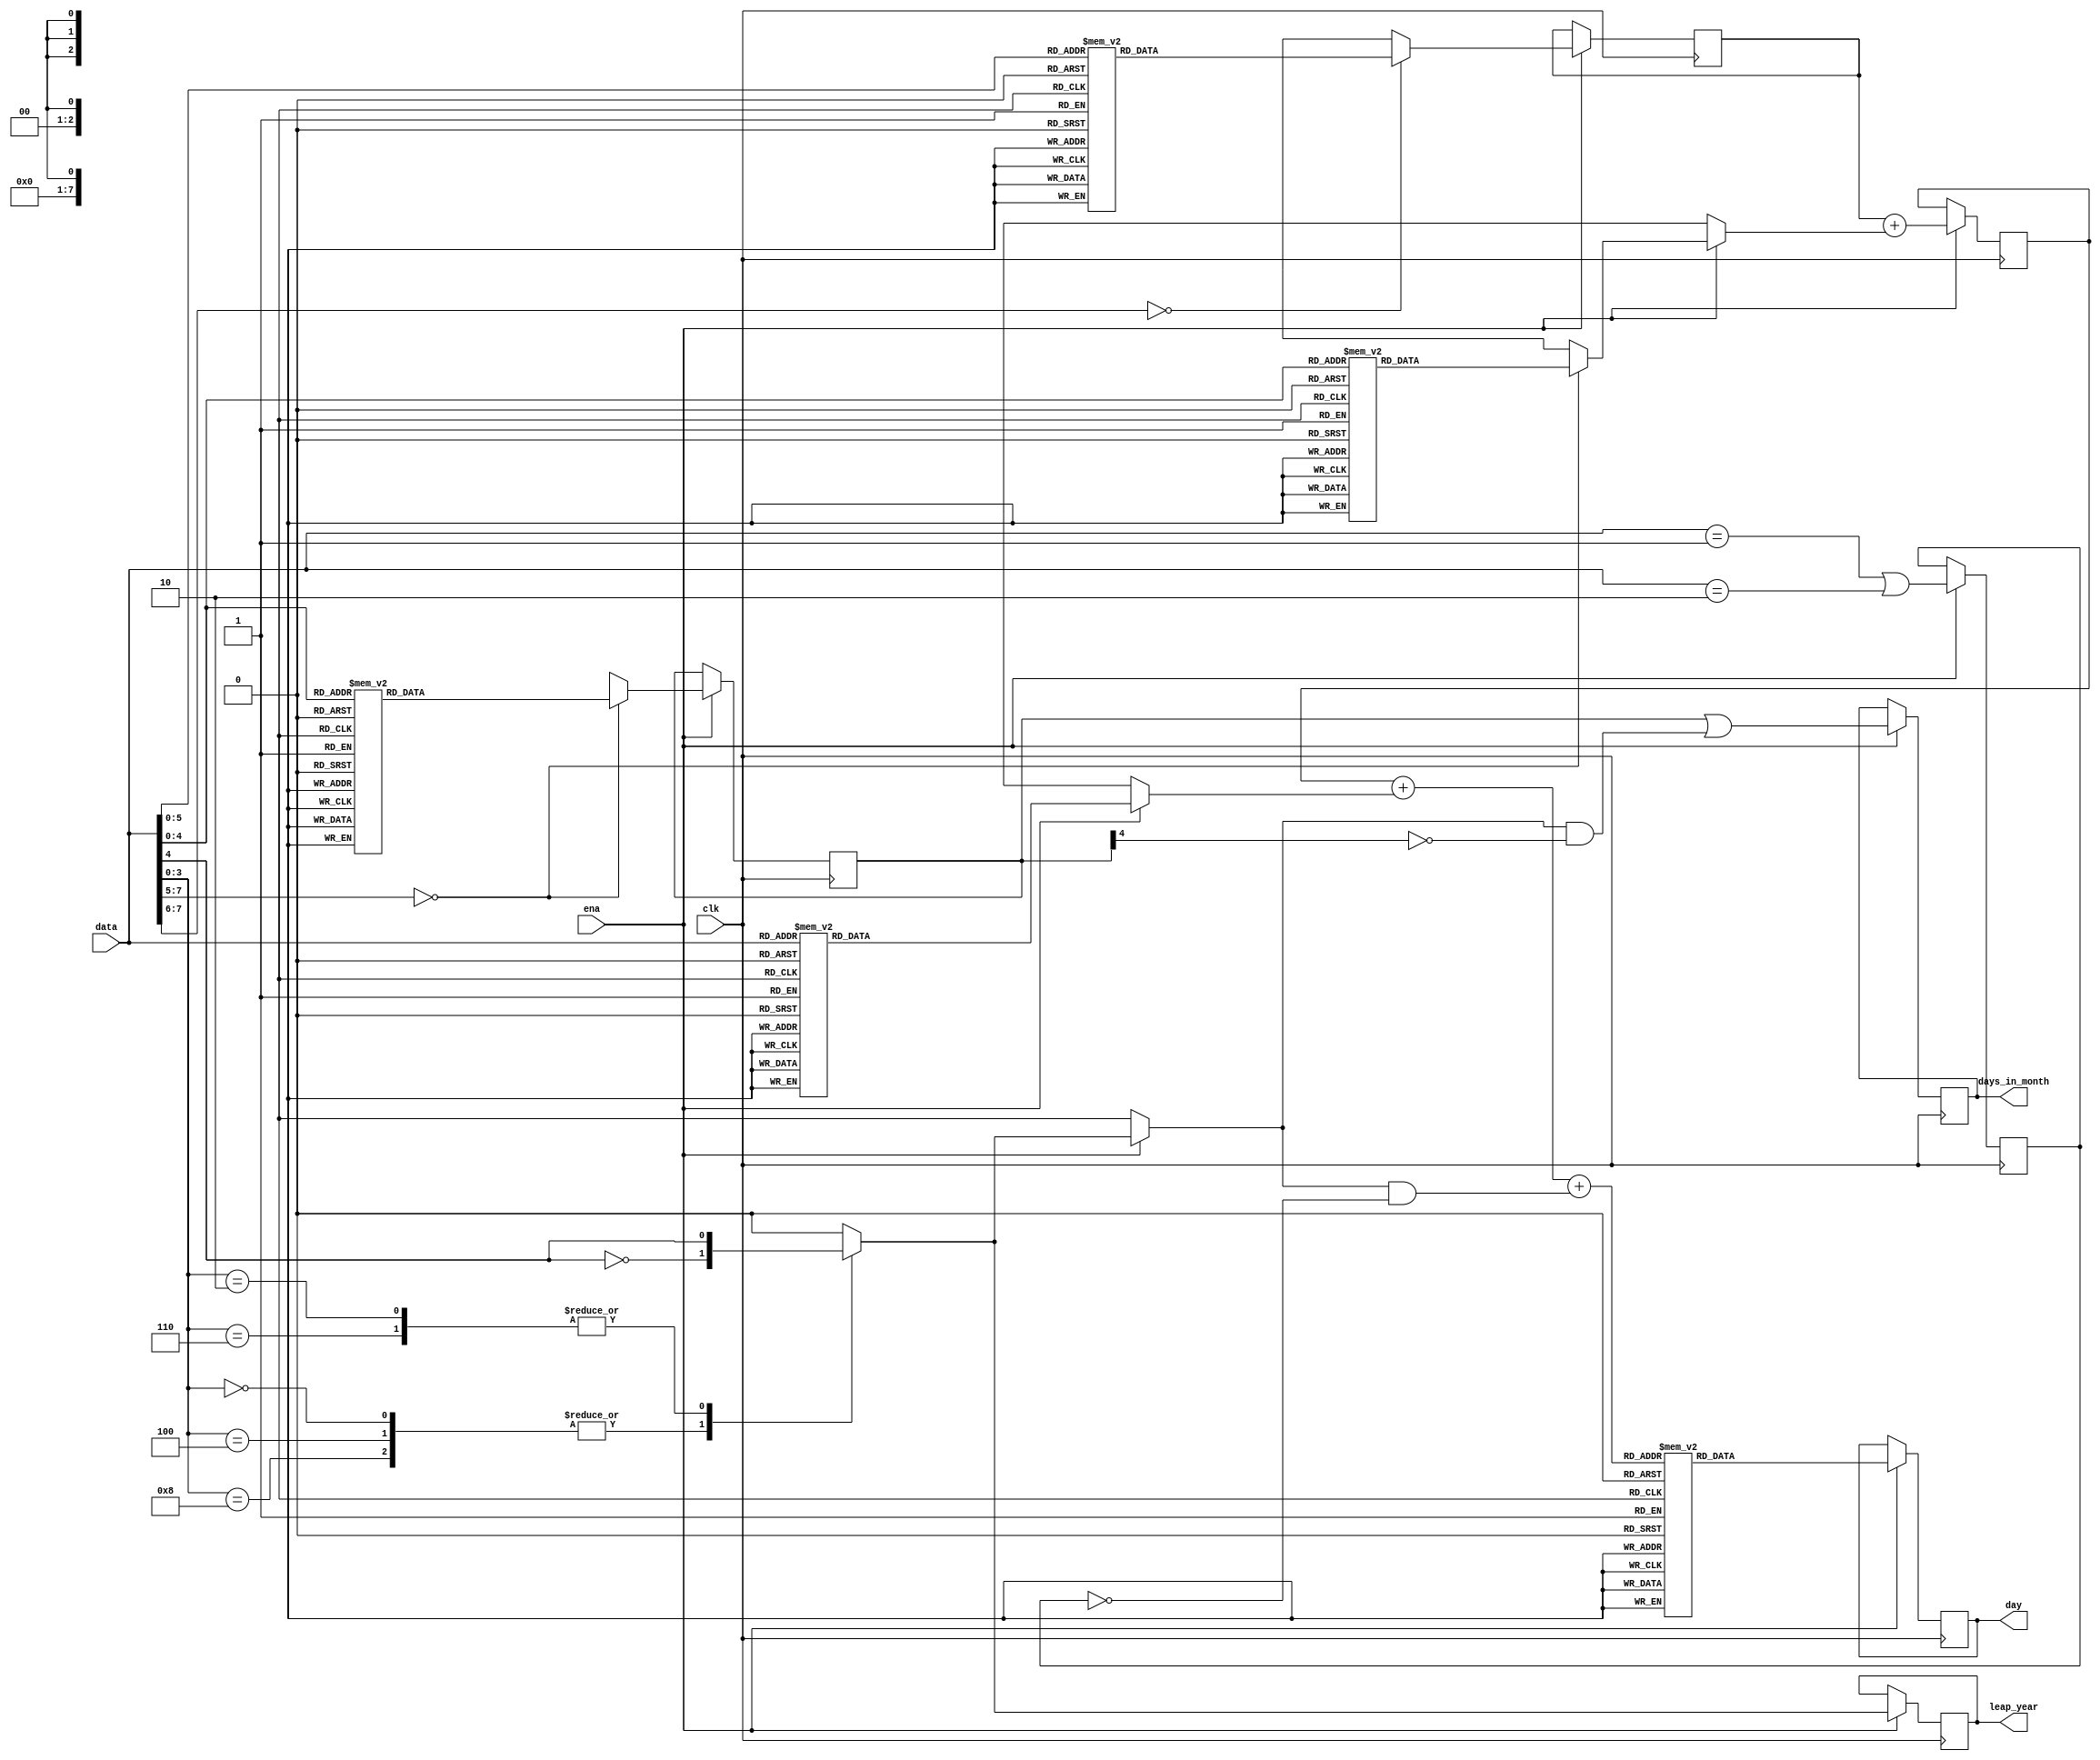
module dateinfo_2
(
	input clk, ena,
	input [7:0] data, // BCD - date, month, year
	output reg [2:0] day, // 0 - Sunday, 1 - Monday ...
	output reg leap_year, // 0 - Non-leap, 1 - leap
	output reg [7:0] days_in_month // BCD
);

function [2:0] offset_date(input [7:0] date);
case (date)
	8'h7, 8'h14, 8'h21, 8'h28:
		offset_date = 0;
	8'h1, 8'h8, 8'h15, 8'h22, 8'h29:
		offset_date = 1;
	8'h2, 8'h9, 8'h16, 8'h23, 8'h30:
		offset_date = 2;
	8'h3, 8'h10, 8'h17, 8'h24, 8'h31:
		offset_date = 3;
	8'h4, 8'h11, 8'h18, 8'h25:
		offset_date = 4;
	8'h5, 8'h12, 8'h19, 8'h26:
		offset_date = 5;
	8'h6, 8'h13, 8'h20, 8'h27:
		offset_date = 6;
	default:
		offset_date = 1'bx;
endcase
endfunction

function [2:0] offset_month(input [7:0] month);
case (month)
	8'h1, 8'h10:
		offset_month = 0;
	8'h5:
		offset_month = 1;
	8'h8:
		offset_month = 2;
	8'h2, 8'h3, 8'h11:
		offset_month = 3;
	8'h6:
		offset_month = 4;
	8'h9:
		offset_month = 5;
	8'h4, 8'h7:
		offset_month = 6;
	default:
		offset_month = 1'bx;
endcase
endfunction

function jan_or_feb(input [7:0] month);
	jan_or_feb = (month == 8'h1 || month == 8'h2);
endfunction

function f_leap_year(input [7:0] year);
case (year[3:0])
	4'h0, 4'h4, 4'h8:
		f_leap_year = !year[4];
	4'h2, 4'h6:
		f_leap_year = year[4];
	default:
		f_leap_year = 0;
endcase
endfunction

function [7:0] f_days_in_month(input [7:0] month);
case (month)
	8'h1, 8'h3, 8'h5, 8'h7, 8'h8, 8'h10, 8'h12:
		f_days_in_month = 8'h31;
	8'h4, 8'h6, 8'h9, 8'h11:
		f_days_in_month = 8'h30;
	8'h2:
		//days_in_month = leap_year ? 8'h29 : 8'h28;
		f_days_in_month = 8'h28; // XXX please do manual fix
	default:
		f_days_in_month = 1'bx;
endcase
endfunction

function [2:0] offset_year(input [7:0] year);
case(year)
	8'h0, 8'h5, 8'h11, 8'h22, 8'h28, 8'h33, 8'h39, 8'h50, 8'h56, 8'h61, 8'h67, 8'h78, 8'h84, 8'h89, 8'h95:
		offset_year = 0;
	8'h6, 8'h12, 8'h17, 8'h23, 8'h34, 8'h40, 8'h45, 8'h51, 8'h62, 8'h68, 8'h73, 8'h79, 8'h90, 8'h96:
		offset_year = 1;
	8'h1, 8'h7, 8'h18, 8'h24, 8'h29, 8'h35, 8'h46, 8'h52, 8'h57, 8'h63, 8'h74, 8'h80, 8'h85, 8'h91:
		offset_year = 2;
	8'h2, 8'h8, 8'h13, 8'h19, 8'h30, 8'h36, 8'h41, 8'h47, 8'h58, 8'h64, 8'h69, 8'h75, 8'h86, 8'h92, 8'h97:
		offset_year = 3;
	8'h3, 8'h14, 8'h20, 8'h25, 8'h31, 8'h42, 8'h48, 8'h53, 8'h59, 8'h70, 8'h76, 8'h81, 8'h87, 8'h98:
		offset_year = 4;
	8'h4, 8'h9, 8'h15, 8'h26, 8'h32, 8'h37, 8'h43, 8'h54, 8'h60, 8'h65, 8'h71, 8'h82, 8'h88, 8'h93, 8'h99:
		offset_year = 5;
	8'h10, 8'h16, 8'h21, 8'h27, 8'h38, 8'h44, 8'h49, 8'h55, 8'h66, 8'h72, 8'h77, 8'h83, 8'h94:
		offset_year = 6;
	default:
		offset_year = 1'bx;
endcase
endfunction

function [2:0] day_of_week(input [4:0] offset_sum);
begin
	// sum = offset_y + offset_m + (leap_year && !jan_or_feb) + offset_date;
	// day_of_week = (offset_sum + 5) % 7
	case (offset_sum)
		0, 7, 14:
			day_of_week = 5;
		1, 8, 15:
			day_of_week = 6;
		2, 9, 16:
			day_of_week = 0;
		3, 10, 17:
			day_of_week = 1;
		4, 11, 18:
			day_of_week = 2;
		5, 12, 19:
			day_of_week = 3;
		6, 13:
			day_of_week = 4;
		default:
			day_of_week = 1'bx;
	endcase
end
endfunction

reg [2:0] stage1; // max 6
reg [3:0] stage2; // max 15
reg stage2_1; // max 1
reg [7:0] stage2_2; // BCD

always @(posedge clk)
begin
	if (ena)
	begin
		stage1 <= offset_date(data);
		stage2 <= stage1 + offset_month(data);
		stage2_1 <= jan_or_feb(data);
		stage2_2 <= f_days_in_month(data);
		day <= day_of_week(stage2 + offset_year(data) + (f_leap_year(data) && !stage2_1));
		days_in_month <= stage2_2 | (f_leap_year(data) && !stage2_2[4]);
		leap_year <= f_leap_year(data);
	end
end

endmodule